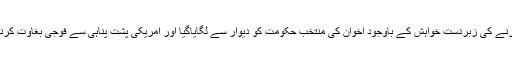
بہترین طرز حکمرانی اور ذمہ دارانہ کردار اداکرنے کی زبردست خواہش کے باوجود اخوان کی منتخب حکومت کو دیوار سے لگایاگیا اور امریکی پشت پناہی سے فوجی بغاوت کرنے والے جنرل فتح السیسی اقتدارپر قابض ہوگئے۔